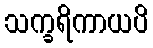
သက္ခရိကာယပိ